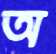
অ